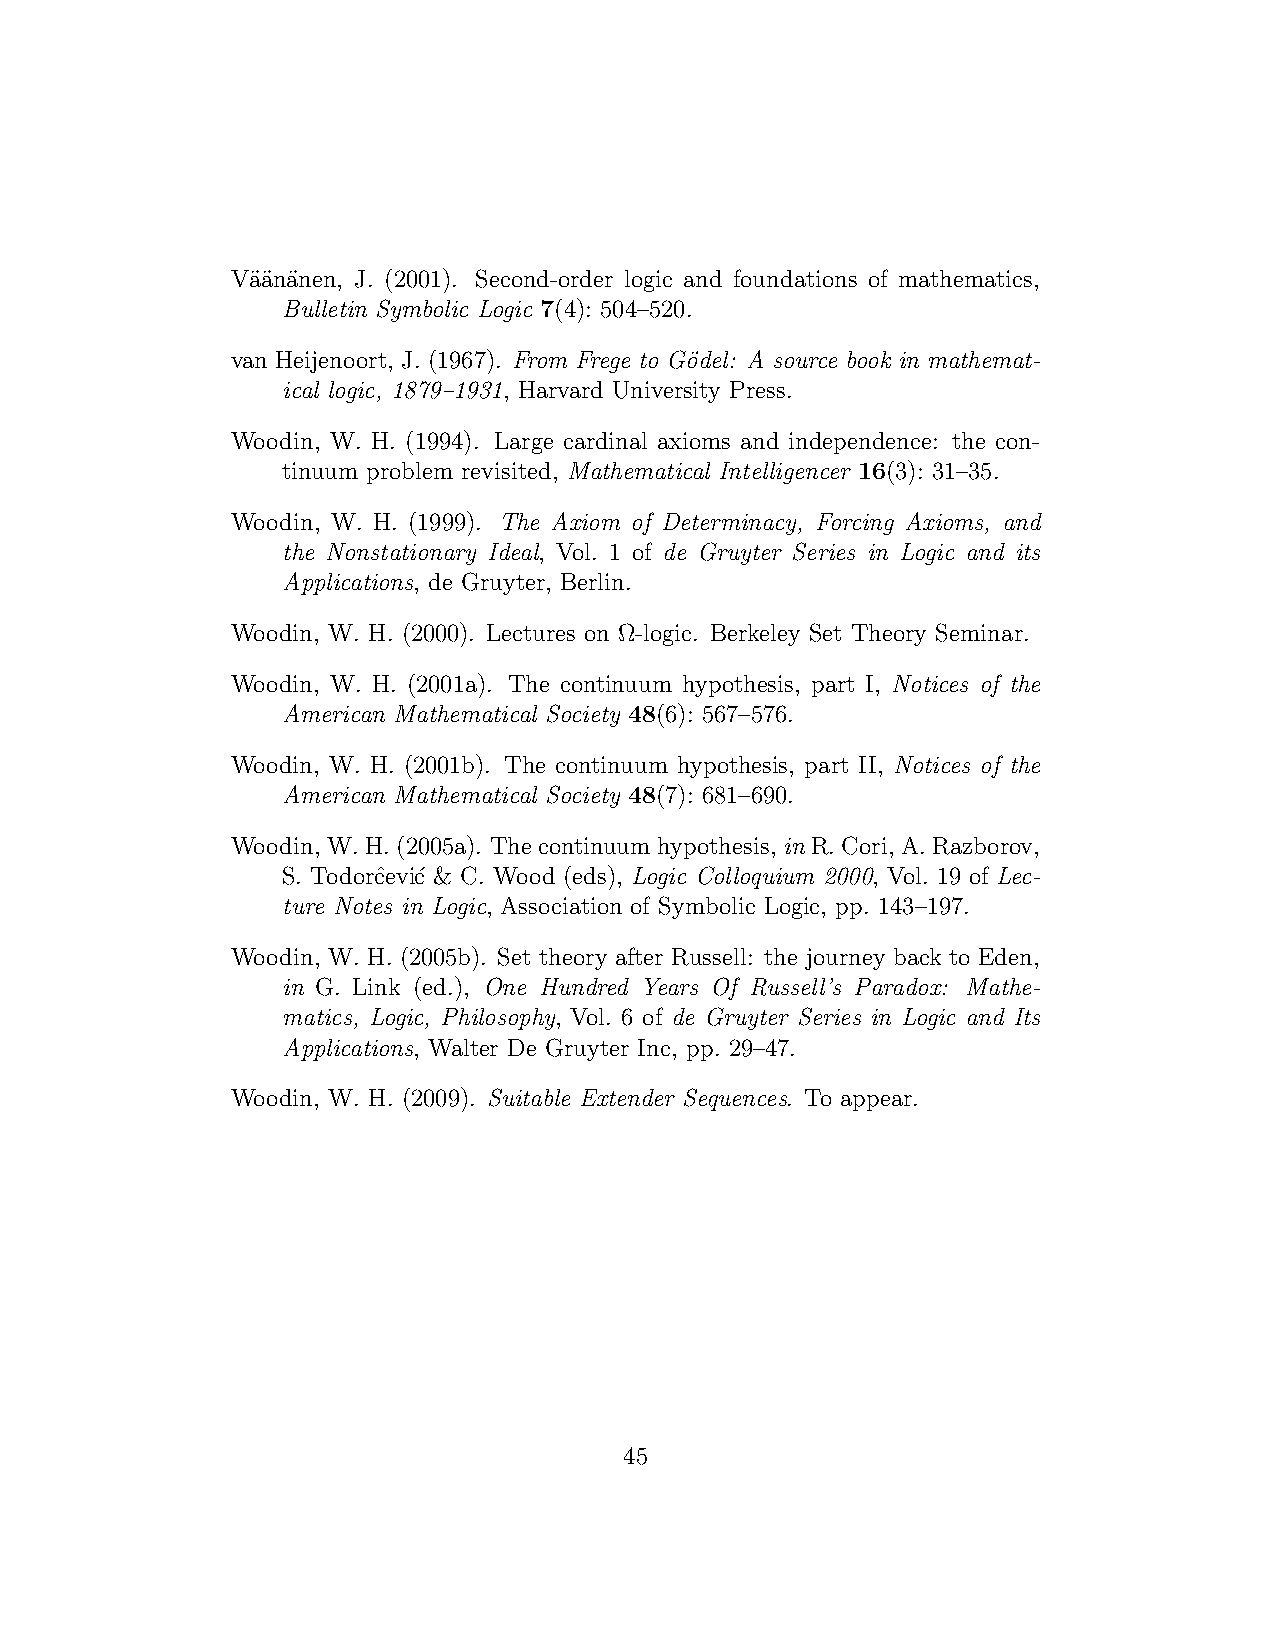
Va¨¨ana¨nen, J. (2001). Second-order logic and foundations of mathematics,
 Bulletin Symbolic Logic 7(4): 504–520.
 van Heijenoort, J. (1967). From Frege to G¨odel: A source book in mathemat-
 ical logic, 1879–1931, Harvard University Press.
 Woodin, W. H. (1994). Large cardinal axioms and independence: the con-
 tinuum problem revisited, Mathematical Intelligencer 16(3): 31–35.
 Woodin, W. H. (1999). The Axiom of Determinacy, Forcing Axioms, and
 the Nonstationary Ideal, Vol. 1 of de Gruyter Series in Logic and its
 Applications, de Gruyter, Berlin.
 Woodin, W. H. (2000). Lectures on Ω-logic. Berkeley Set Theory Seminar.
 Woodin, W. H. (2001a). The continuum hypothesis, part I, Notices of the
 American Mathematical Society 48(6): 567–576.
 Woodin, W. H. (2001b). The continuum hypothesis, part II, Notices of the
 American Mathematical Society 48(7): 681–690.
 Woodin, W.H. (2005a). The continuum hypothesis, inR. Cori, A.Razborov,
 S. Todorˆcevi´c & C. Wood (eds), Logic Colloquium 2000, Vol. 19 of Lec-
 ture Notes in Logic, Association of Symbolic Logic, pp. 143–197.
 Woodin, W. H. (2005b). Set theory after Russell: the journey back to Eden,
 in G. Link (ed.), One Hundred Years Of Russell’s Paradox: Mathe-
 matics, Logic, Philosophy, Vol. 6 of de Gruyter Series in Logic and Its
 Applications, Walter De Gruyter Inc, pp. 29–47.
 Woodin, W. H. (2009). Suitable Extender Sequences. To appear.
 45